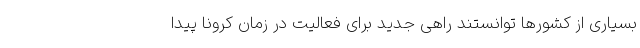
بسیاری از کشورها توانستند راهی جدید برای فعالیت در زمان کرونا پیدا